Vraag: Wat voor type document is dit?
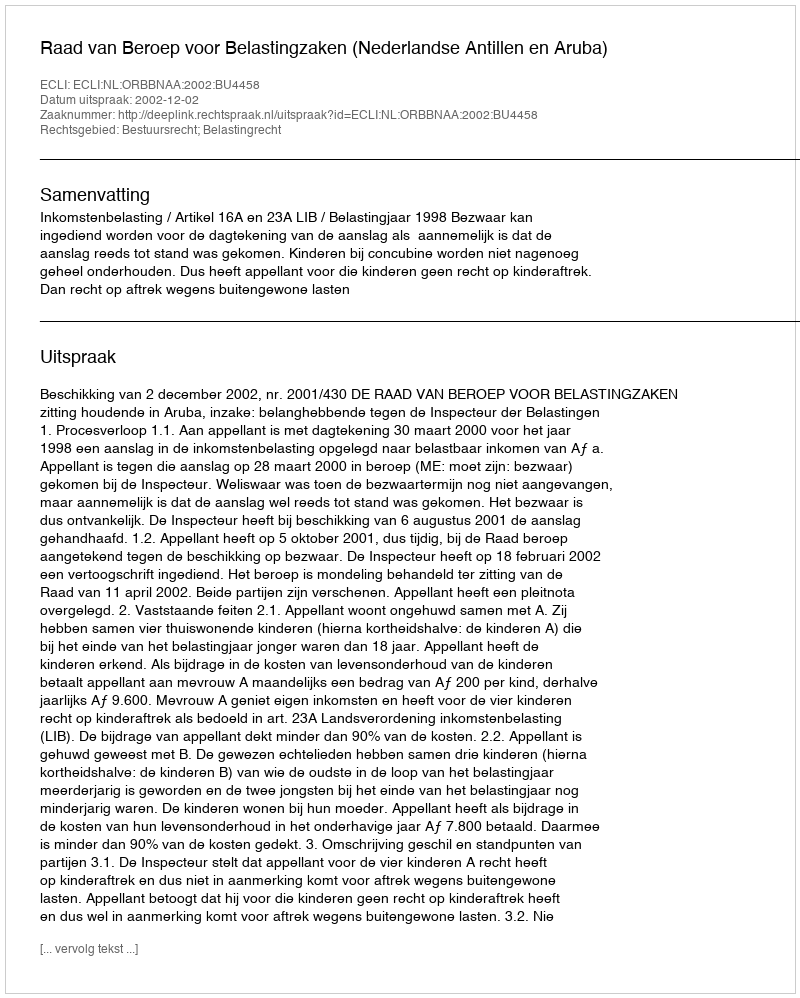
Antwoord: Uitspraak